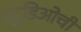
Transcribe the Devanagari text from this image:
स्टुडिओची